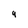
Character: 4